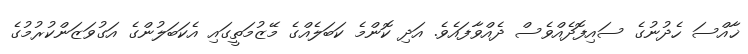
ޚާއްސަ ހެދުނުގެ ސައިފޮދެއްވެސް ދެއްވާފައެވެ. އަދި ކޮންމެ ކަބަލެއްގެ މޭޒުމަތީގައި އެކަބަލުންގެ އަގުވަޒަންކުރުމުގެ